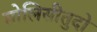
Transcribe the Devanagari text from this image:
सोलिसीतुदो